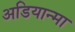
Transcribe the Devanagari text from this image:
अडियान्मा